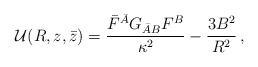
LaTeX: \begin{align*}{\cal U}(R,z,\bar z)= \frac{\bar F^{\bar A} G_{\bar A B} F^B}{\kappa^2} - \frac{3 B^2}{R^2} \, ,\end{align*}